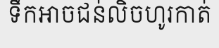
ទឹកអាចជន់លិចហូរកាត់